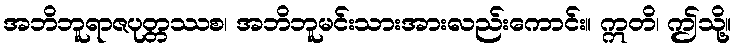
အဘိဘူရာဇပုတ္တဿစ၊ အဘိဘူမင်းသားအားလည်းကောင်း။ ဣတိ၊ ဤသို့။